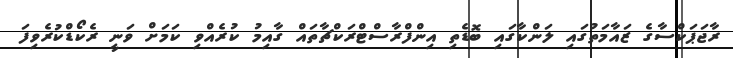
ރާޖަޕަކްސާގެ ޒައާމަތުގައި ލަންކާގައި ބޮޑެތި އިންފްރާސްޓްރަކްޗާތައް ގާއިމު ކުރެއްވި ކަމަށް ވަނީ ރެކޯޑްކުރެވިފަ